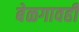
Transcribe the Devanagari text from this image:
बेळगावही